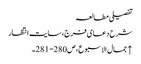
تفصیلی مطالعہ
شرح دعای فرج، سایت انتظار
↑ جمال الاسبوع، ص280- 281۔